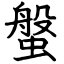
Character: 螌